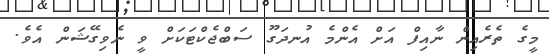
މީގެ ތެރެއިން ނާއިފް އަށް އެންމެ އުނދަގޫ ސަބްޖެކްޓަކަށް ވީ ނެވިގޭޝަން އެވެ.